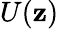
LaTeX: U(\mathbf{z})